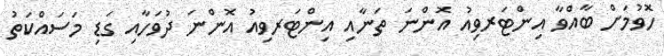
ހޮވުމަށް ބާއްވާ އިންޓަރވިއު އޮންނަ ތަނާއި އިންޓަރވިއު އޮންނަ ދުވަހާއި ގަޑި މަސައްކަތު